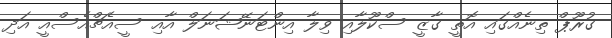
ގުރޫޕް ތިނެއްގައި އޮތީ ގާޒީ ސްކޫލާއި ވިލާ އިންޓަނޭޝަނަލް އާއި ސީއެޗްއެސްއީ އަދި